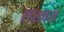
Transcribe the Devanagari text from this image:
राख्षस